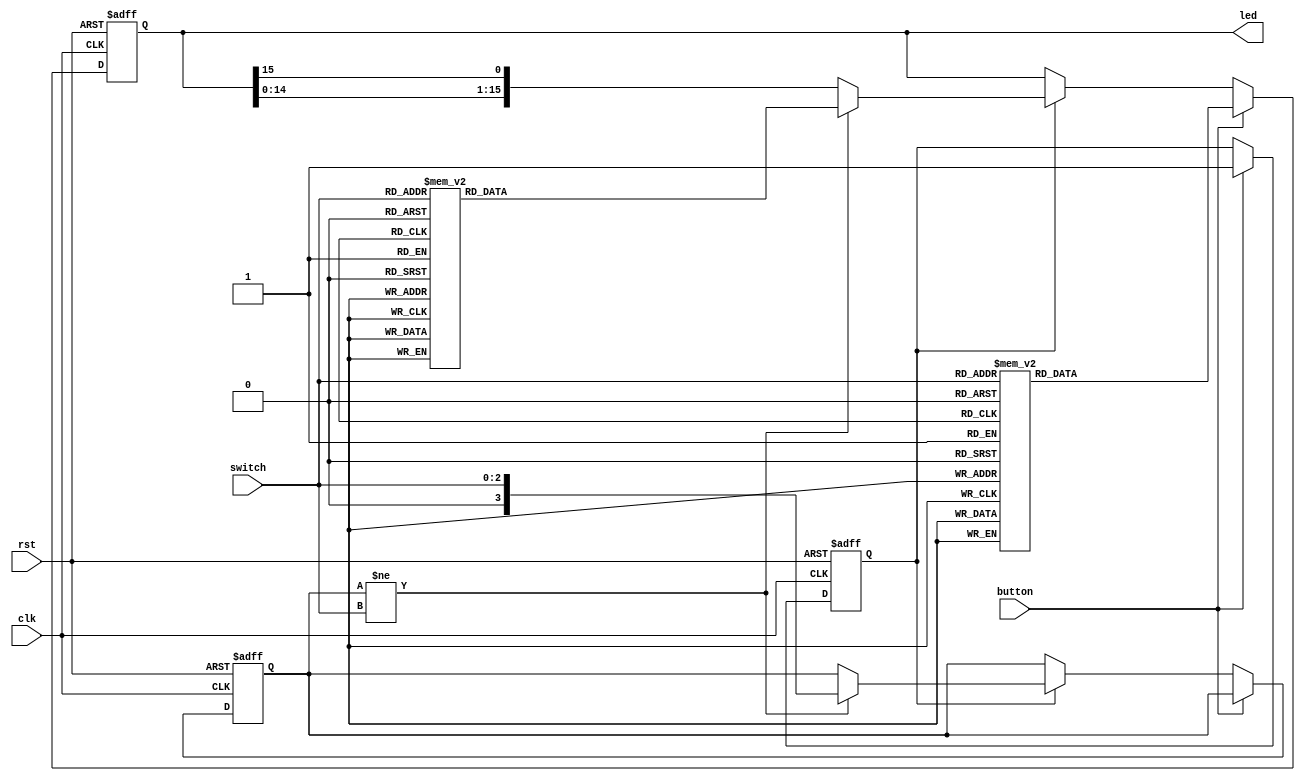
module holiday_lights (
    input  wire        clk   ,
	input  wire        rst   ,
	input  wire        button,
    input  wire [ 2:0] switch,
	output reg  [15:0] led
);
wire clk_o;
reg [3:0]stats = 4'b1000;
reg flag = 1'b0;
//divider d(rst, clk, clk_o);
always @(posedge clk or posedge rst) begin
    if(rst) begin
      led <= 16'b1111_1111_1111_1111;
	  stats <= 4'b0;
	  flag <= 1'b0;
    end
    else begin
        if(button) begin
        	// 
			case(switch)
				3'b000 : led <= 16'b1;
				3'b001 : led <= 16'b11;
				3'b010 : led <= 16'b111;
				3'b011 : led <= 16'b1111;
				3'b100 : led <= 16'b11111;
				3'b101 : led <= 16'b111111;
				3'b110 : led <= 16'b1111111;
				3'b111 : led <= 16'b11111111;
			endcase
			flag <= 1'b1;
        end
	    else if(flag) begin
			if(stats!={1'b0,switch}) begin
				case(switch)
					3'b000 : led <= 16'b1;
					3'b001 : led <= 16'b11;
					3'b010 : led <= 16'b111;
					3'b011 : led <= 16'b1111;
					3'b100 : led <= 16'b11111;
					3'b101 : led <= 16'b111111;
					3'b110 : led <= 16'b1111111;
					3'b111 : led <= 16'b11111111;
				endcase
				stats <= {1'b0,switch};
			end
			else
				led <= {led[14:0],led[15]};
		end
		else;
	end
end

endmodule